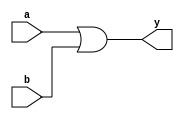
//OR Gate
//Structural modelling

module OR_Structural(a,b,y);
input a,b;
output y;

or or1(y,a,b);

endmodule